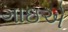
ગાઇએ